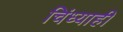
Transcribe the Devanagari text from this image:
चिंध्याही